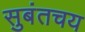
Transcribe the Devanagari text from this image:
सुबंतचय